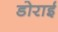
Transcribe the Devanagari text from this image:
डोराई